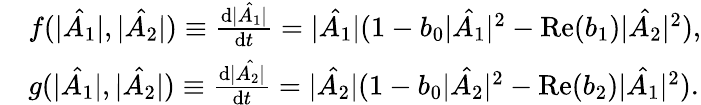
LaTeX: \begin{array}{rl}&{f(|\hat{A_{1}}|,|\hat{A_{2}}|)\equiv\frac{\mathrm{d}|\hat{A_{1}}|}{\mathrm{d}t}=|\hat{A_{1}}|(1-b_{0}|\hat{A_{1}}|^{2}-\mathrm{Re}(b_{1})|\hat{A_{2}}|^{2}),}\\ &{g(|\hat{A_{1}}|,|\hat{A_{2}}|)\equiv\frac{\mathrm{d}|\hat{A_{2}|}}{\mathrm{d}t}=|\hat{A_{2}}|(1-b_{0}|\hat{A_{2}}|^{2}-\mathrm{Re}(b_{2})|\hat{A_{1}}|^{2}).}\end{array}